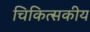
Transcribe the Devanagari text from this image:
चिकित्‍सकीय